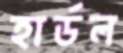
হার্ডল